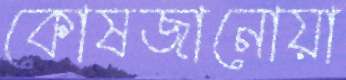
কোষজানোয়া